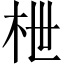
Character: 枻